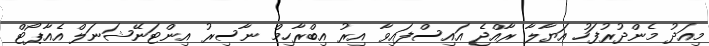
މިއަދު މެންދުރުފަހު އަޔާލާ ރާއްޖެ އައިސްފައިވާ އިރު އިބްރާހިމް ނާސިރު އިންޓަނޭޝަނަލް އެއާޕޯޓް